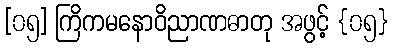
[၀၅] ကြိကမနောဝိညာဏဓာတု အဖွင့် {၀၅}